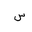
Letter: _sin